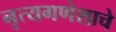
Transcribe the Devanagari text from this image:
नृत्यगणेशाचे